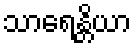
သာရေန္တိယာ